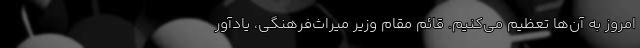
امروز به آن‌ها تعظیم می‌کنیم. قائم مقام وزیر میراث‌فرهنگی، یادآور